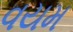
વયમ